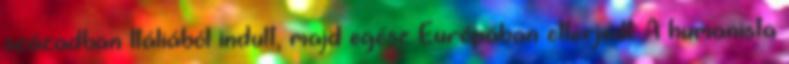
században Itáliából indult, majd egész Európában elterjedt. A humanista